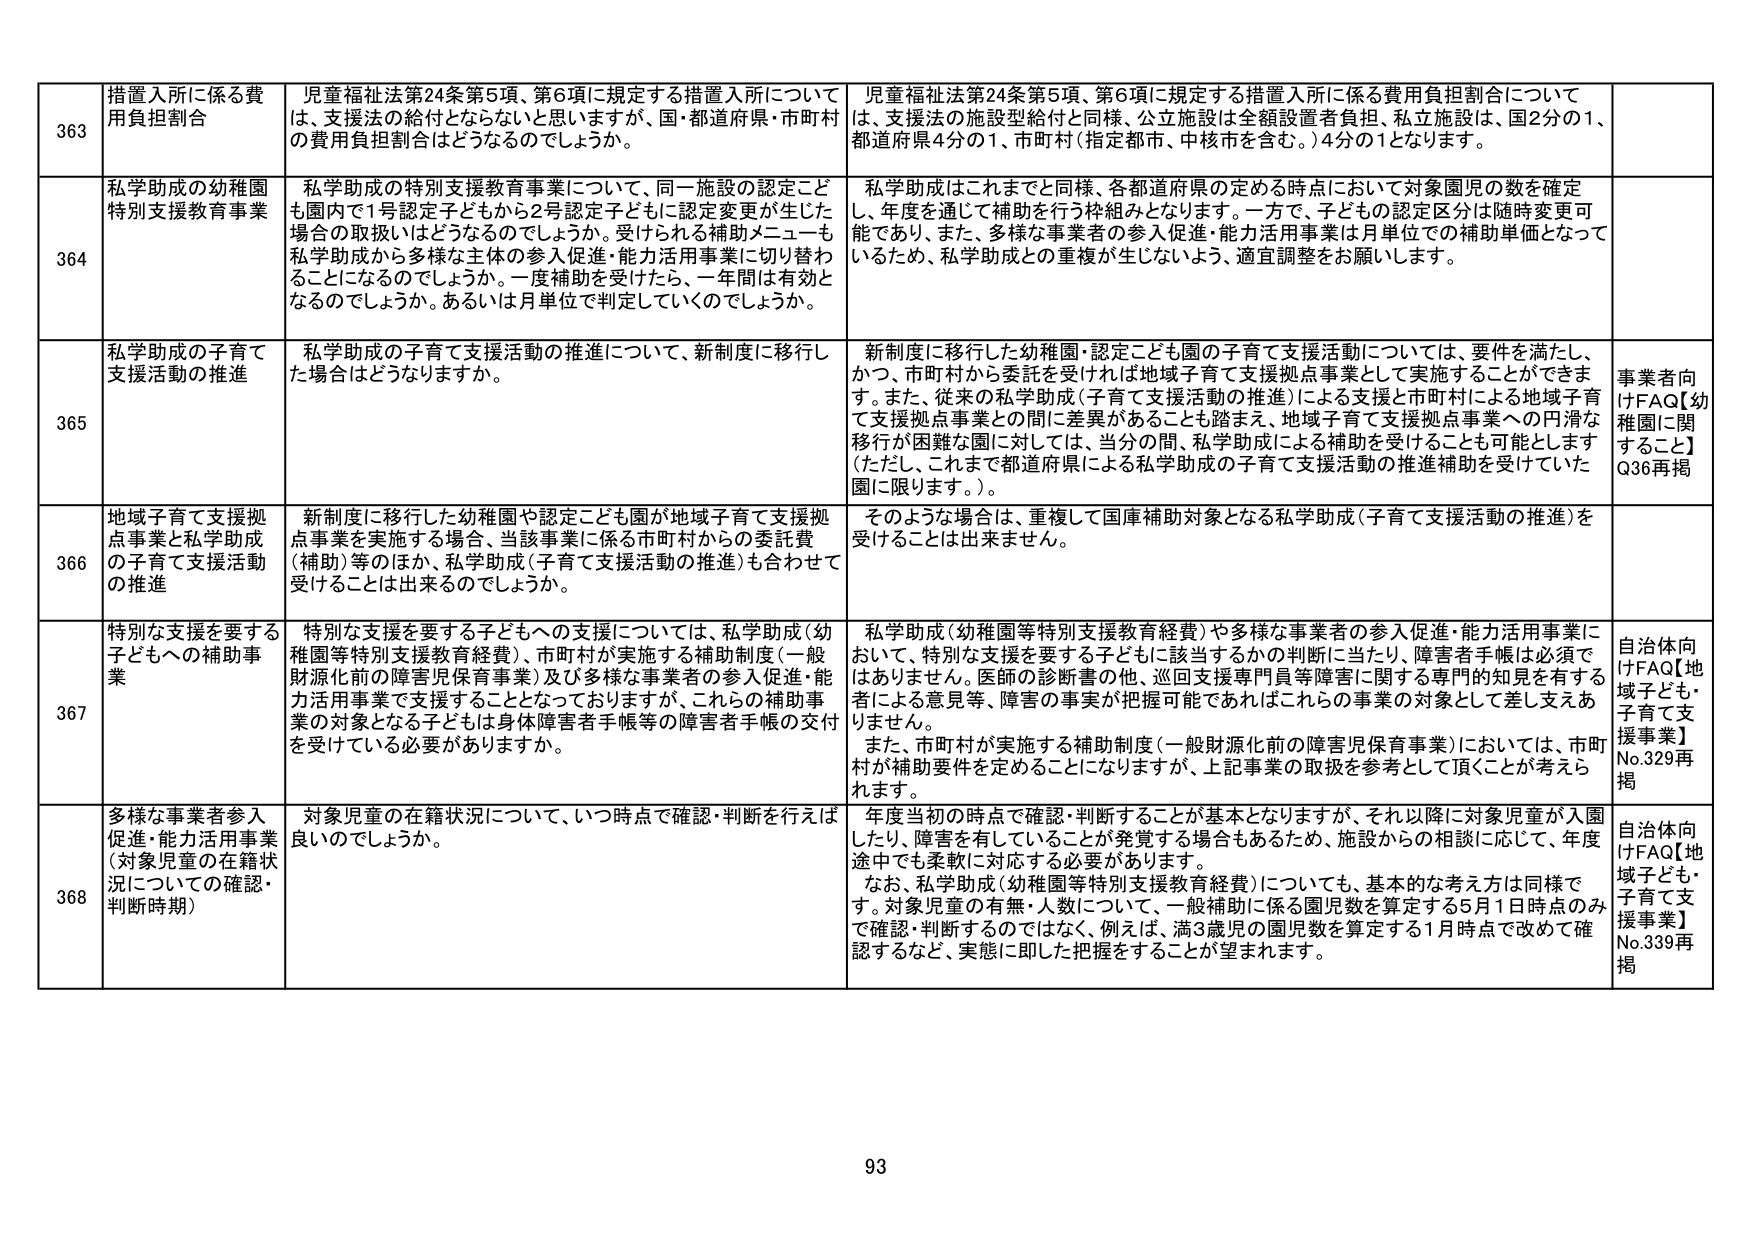
363 措置入所に係る費用負担割合 児童福祉法第24条第5項、第6項に規定する措置入所については、支援法の給付とならないと思いますが、国・都道府県・市町村の費用負担割合はどうなるのでしょうか。 児童福祉法第24条第5項、第6項に規定する措置入所に係る費用負担割合については、支援法の施設型給付と同様、公立施設は全額設置者負担、私立施設は、国2分の1、都道府県4分の1、市町村（指定都市、中核市を含む。）4分の1となります。

364 私学助成の幼稚園特別支援教育事業 私学助成の特別支援教育事業について、同一施設の認定こども園内で1号認定子どもから2号認定子どもに認定変更が生じた場合の取扱いはどうなるのでしょうか。受けられる補助メニューも私学助成から多様な主体の参入促進・能力活用事業に切り替わることになるのでしょうか。一度補助を受けたら、一年間は有効となるのでしょうか。あるいは月単位で判定していくのでしょうか。 私学助成はこれまでと同様、各都道府県の定める時点において対象園児の数を確定し、年度を通じて補助を行う枠組みとなります。一方で、子どもの認定区分は随時変更可能であり、また、多様な事業者の参入促進・能力活用事業は月単位での補助単価となっているため、私学助成との重複が生じないよう、適宜調整をお願いします。

365 私学助成の子育て支援活動の推進 私学助成の子育て支援活動の推進について、新制度に移行した場合はどうなりますか。 新制度に移行した幼稚園・認定こども園の子育て支援活動については、要件を満たし、かつ、市町村から委託を受ければ地域子育て支援拠点事業として実施することができます。また、従来の私学助成（子育て支援活動の推進）による支援と市町村による地域子育て支援拠点事業との間に差異があることも踏まえ、地域子育て支援拠点事業への円滑な移行が困難な園に対しては、当分の間、私学助成による補助を受けることも可能とします（ただし、これまで都道府県による私学助成の子育て支援活動の推進補助を受けていた園に限ります。）。 事業者向けFAQ【幼稚園に関すること】Q36再掲

366 地域子育て支援拠点事業と私学助成の子育て支援活動の推進 新制度に移行した幼稚園や認定こども園が地域子育て支援拠点事業を実施する場合、当該事業に係る市町村からの委託費（補助）等のほか、私学助成（子育て支援活動の推進）も合わせて受けることは出来るのでしょうか。 そのような場合は、重複して国庫補助対象となる私学助成（子育て支援活動の推進）を受けることは出来ません。

367 特別な支援を要する子どもへの補助事業 特別な支援を要する子どもへの支援については、私学助成（幼稚園等特別支援教育経費）、市町村が実施する補助制度（一般財源化前の障害児保育事業）及び多様な事業者の参入促進・能力活用事業で支援することとなっておりますが、これらの補助事業の対象となる子どもは身体障害者手帳等の障害者手帳の交付を受けている必要がありますか。 私学助成（幼稚園等特別支援教育経費）や多様な事業者の参入促進・能力活用事業において、特別な支援を要する子どもに該当するかの判断に当たり、障害者手帳は必須ではありません。医師の診断書の他、巡回支援専門員等障害に関する専門的知見を有する者による意見等、障害の事実が把握可能であればこれらの事業の対象として差し支えありません。 また、市町村が実施する補助制度（一般財源化前の障害児保育事業）においては、市町村が補助要件を定めることになりますが、上記事業の取扱を参考として頂くことが考えられます。 自治体向けFAQ【地域子ども・子育て支援事業】No.329再掲

368 多様な事業者参入促進・能力活用事業（対象児童の在籍状況についての確認・判断時期） 対象児童の在籍状況について、いつ時点で確認・判断を行えば良いのでしょうか。 年度当初の時点で確認・判断することが基本となりますが、それ以降に対象児童が入園したり、障害を有していることが発覚する場合もあるため、施設からの相談に応じて、年度途中でも柔軟に対応する必要があります。 なお、私学助成（幼稚園等特別支援教育経費）についても、基本的な考え方は同様です。対象児童の有無・人数について、一般補助に係る園児数を算定する5月1日時点のみで確認・判断するのではなく、例えば、満3歳児の園児数を算定する1月時点で改めて確認するなど、実態に即した把握をすることが望まれます。 自治体向けFAQ【地域子ども・子育て支援事業】No.339再掲

93